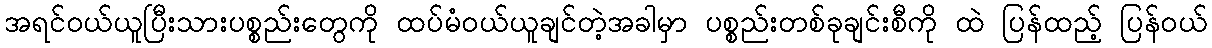
အရင်ဝယ်ယူပြီးသားပစ္စည်းတွေကို ထပ်မံဝယ်ယူချင်တဲ့အခါမှာ ပစ္စည်းတစ်ခုချင်းစီကို ထဲ ပြန်ထည့် ပြန်၀ယ်